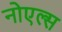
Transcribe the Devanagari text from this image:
नोएल्स